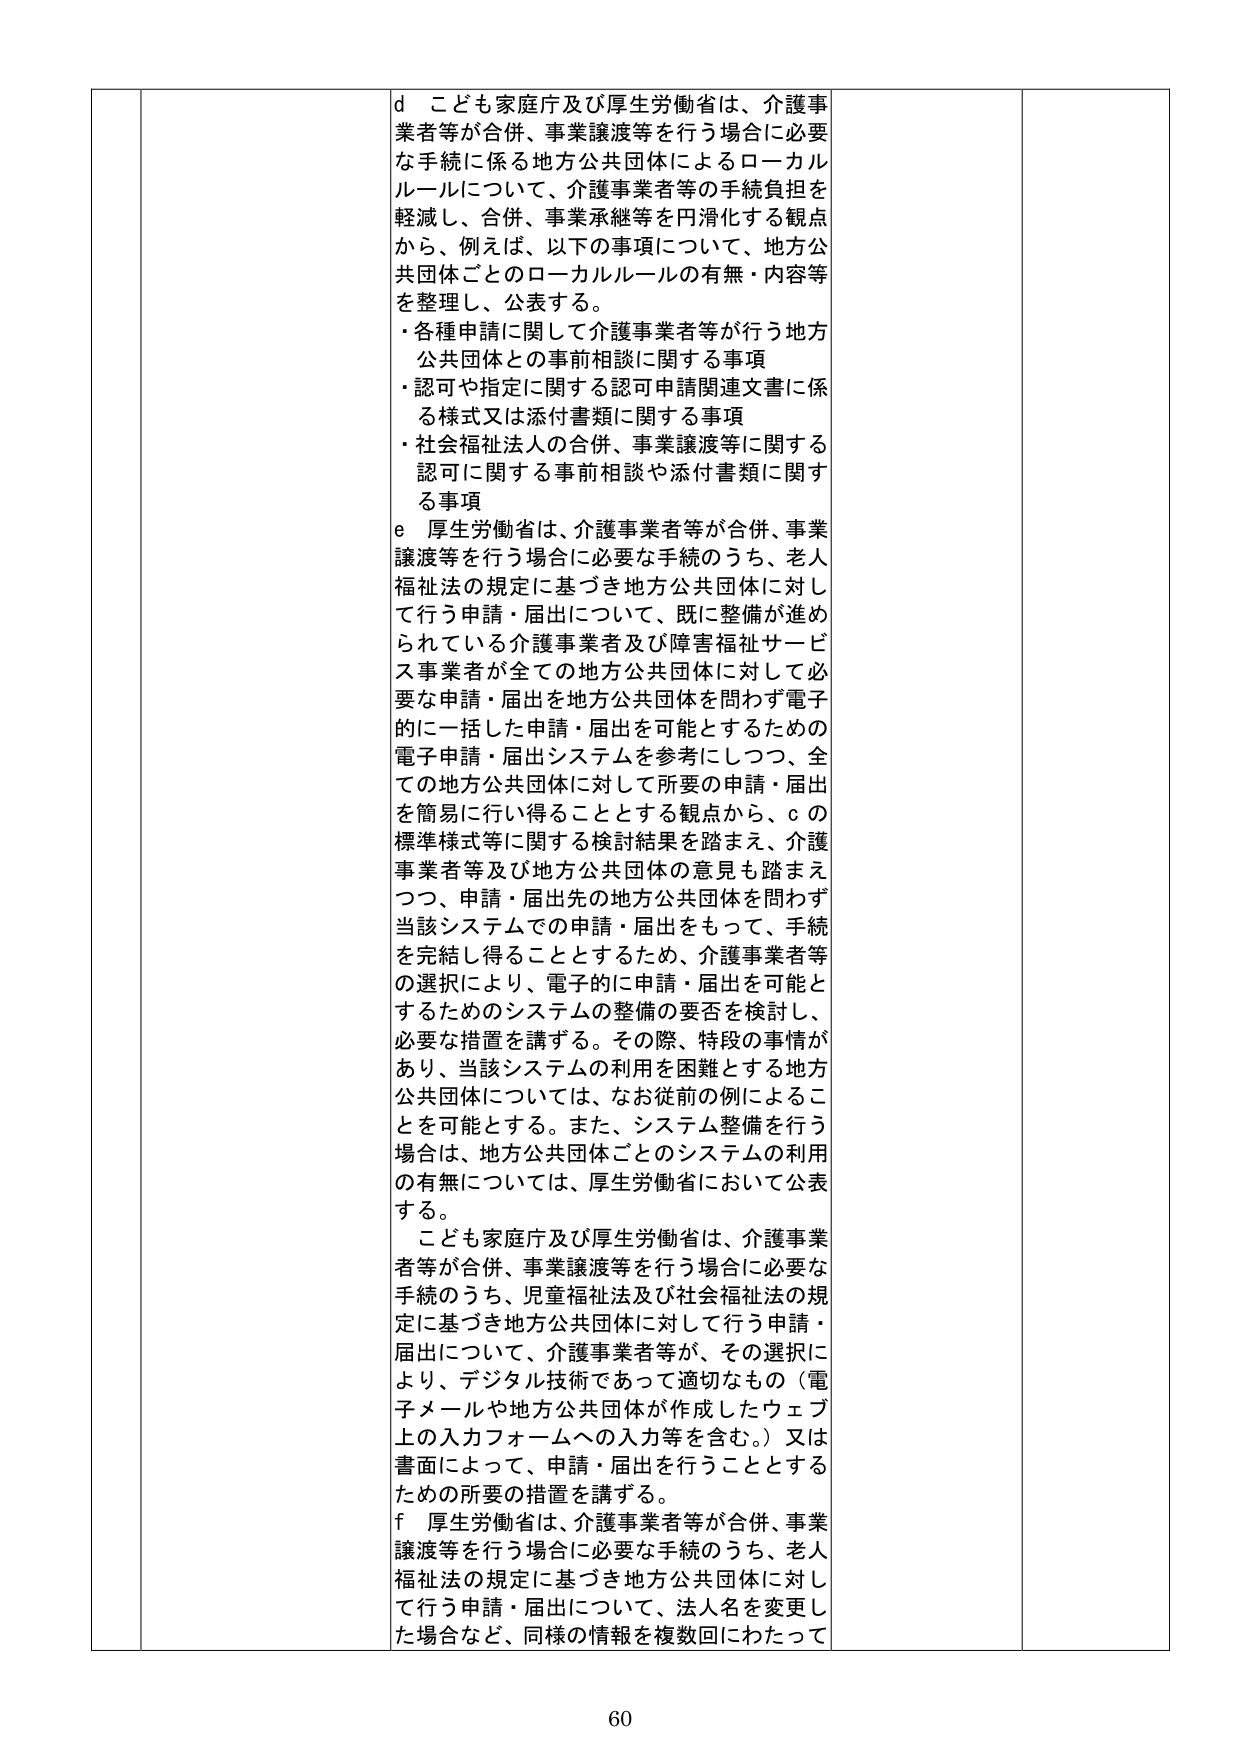
d こども家庭庁及び厚生労働省は、介護事業者等が合併、事業譲渡等を行う場合に必要な手続に係る地方公共団体によるローカルルールについて、介護事業者等の手続負担を軽減し、合併、事業承継等を円滑化する観点から、例えば、以下の事項について、地方公共団体ごとのローカルルールの有無・内容等を整理し、公表する。
・各種申請に関して介護事業者等が行う地方公共団体との事前相談に関する事項
・認可や指定に関する認可申請関連文書に係る様式又は添付書類に関する事項
・社会福祉法人の合併、事業譲渡等に関する認可に関する事前相談や添付書類に関する事項

e 厚生労働省は、介護事業者等が合併、事業譲渡等を行う場合に必要な手続のうち、老人福祉法の規定に基づき地方公共団体に対して行う申請・届出について、既に整備が進められている介護事業者及び障害福祉サービス事業者が全ての地方公共団体に対して必要な申請・届出を地方公共団体を問わず電子的に一括した申請・届出を可能とするための電子申請・届出システムを参考にしつつ、全ての地方公共団体に対して所要の申請・届出を簡易に行い得ることとする観点から、cの標準様式等に関する検討結果を踏まえ、介護事業者等及び地方公共団体の意見も踏まえつつ、申請・届出先の地方公共団体を問わず当該システムでの申請・届出をもって、手続を完結し得ることとするため、介護事業者等の選択により、電子的に申請・届出を可能とするためのシステムの整備の要否を検討し、必要な措置を講ずる。その際、特段の事情があり、当該システムの利用を困難とする地方公共団体については、なお従前の例によることを可能とする。また、システム整備を行う場合は、地方公共団体ごとのシステムの利用の有無については、厚生労働省において公表する。

こども家庭庁及び厚生労働省は、介護事業者等が合併、事業譲渡等を行う場合に必要な手続のうち、児童福祉法及び社会福祉法の規定に基づき地方公共団体に対して行う申請・届出について、介護事業者等が、その選択により、デジタル技術であって適切なもの（電子メールや地方公共団体が作成したウェブ上の入力フォームへの入力等を含む。）又は書面によって、申請・届出を行うこととするための所要の措置を講ずる。

f 厚生労働省は、介護事業者等が合併、事業譲渡等を行う場合に必要な手続のうち、老人福祉法の規定に基づき地方公共団体に対して行う申請・届出について、法人名を変更した場合など、同様の情報を複数回にわたって

60